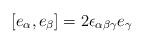
LaTeX: \begin{align*}[e_\alpha, e_\beta]=2\epsilon_{\alpha\beta\gamma} e_\gamma\end{align*}